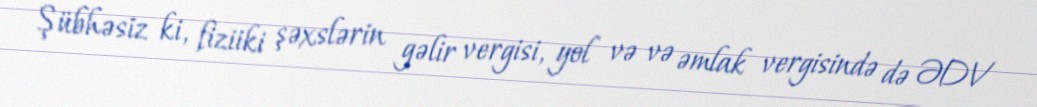
Şübhəsiz ki, fiziiki şəxslərin gəlir vergisi, yol və və əmlak vergisində də ƏDV